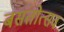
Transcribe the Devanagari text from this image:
बसंतोत्सव